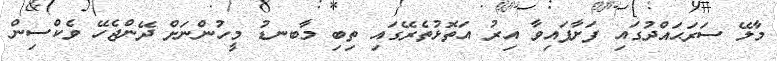
މާލޭ ސަރަޙައްދުގައި ފަށާފައިވާ އިރު އަތޮޅުތެރޭގައި ތިބި މާބނޑު މީހުންނަށް ދޭންޖެހޭ ވެކްސިން